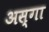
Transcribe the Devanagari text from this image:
अस्गा